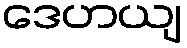
ဒေဟယျ